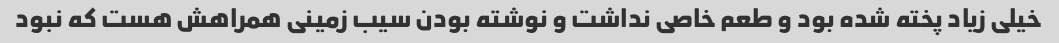
خیلی زیاد پخته شده بود و طعم خاصی نداشت و نوشته بودن سیب زمینی همراهش هست که نبود